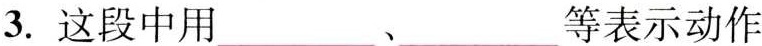
3.这段中用___、___等表示动作